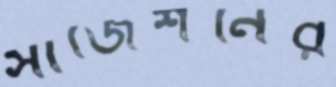
সাজেশনের